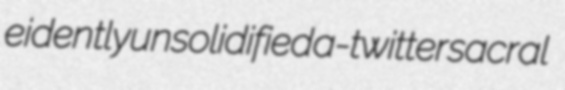
eidently unsolidified a-twitter sacral